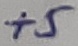
Text: +5